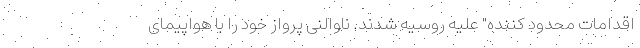
اقدامات محدود کننده" علیه روسیه شدند. ناوالنی پرواز خود را با هواپیمای